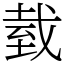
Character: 臷